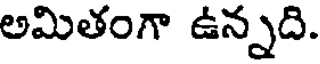
అమితంగా ఉన్నది.